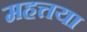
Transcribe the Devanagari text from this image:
महत्तया